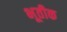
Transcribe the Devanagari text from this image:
भूतीक